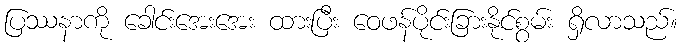
ပြဿနာကို ခေါင်းအေးအေး ထားပြီး ဝေဖန်ပိုင်းခြားနိုင်စွမ်း ရှိလာသည်။